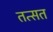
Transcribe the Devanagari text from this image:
तत्सत